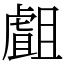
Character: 𧇣